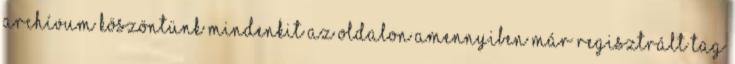
Archívum Köszöntünk mindenkit az oldalon Amennyiben már regisztrált tag